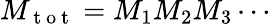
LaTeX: M_{\mathrm{~t~o~t~}}=M_{1}M_{2}M_{3}\cdots